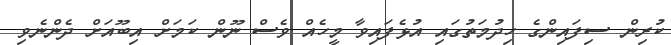
ކުރިން ސިފައިންގެ ހިދުމަތުގައި އުޅެފައިވާ މީހެއް ވެސް ނޫން ކަމަށް އިބޫއަށް ދެންނެވި